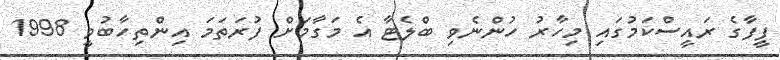
ފީފާގެ ރައީސްކަމުގައި މިހާރު ހުންނެވި ބްލެޓާ އެ މަގާމަށް ފުރަތަމަ އިންތިހާބުވީ 1998